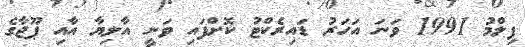
ފިލްމު 1991 ވަނަ އަހަރު ޑައިރެކްޓު ކޮށްފައި ވަނީ އާލިޔާ އާއި ޕޫޖާގެ